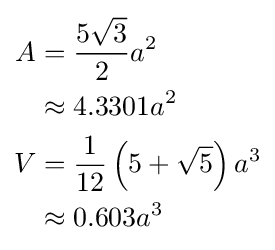
{\begin{aligned}A&={\frac {5{\sqrt {3}}}{2}}a^{2}\\&\approx 4.3301a^{2}\\V&={\frac {1}{12}}\left(5+{\sqrt {5}}\right)a^{3}\\&\approx 0.603a^{3}\end{aligned}}